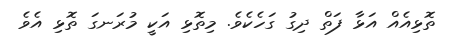
ތޮޅިއެއް އަޅާ ފަތް ދިގު ގަހެކެވެ. މިތޮޅި އަކީ މުރަނގަ ތޮޅި އެވެ